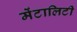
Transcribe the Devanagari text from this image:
मेंटालिटी